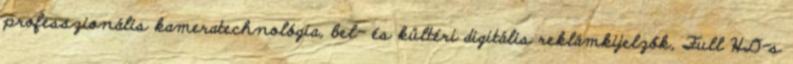
professzionális kameratechnológia, bel- és kültéri digitális reklámkijelzők, Full HD-s